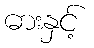
ဓားနှင့်